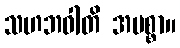
သဟဘဝါတိ အမစ္စာ။